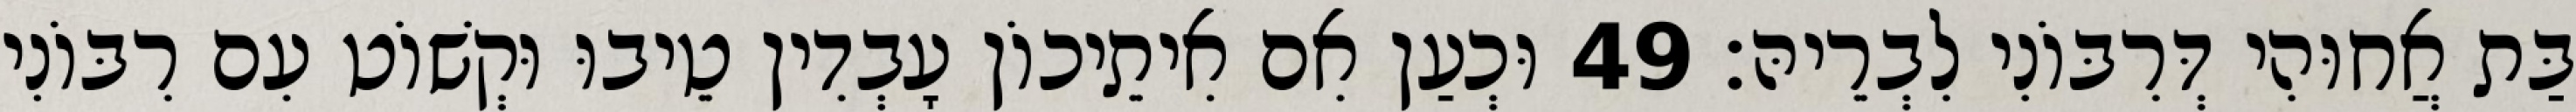
בַּת אֲחוּהִי דְּרִבּוֹנִי לִבְרֵיהּ׃ 49 וּכְעַן אִם אִיתֵיכוֹן עָבְדִין טֵיבוּ וּקְשׁוֹט עִם רִבּוֹנִי